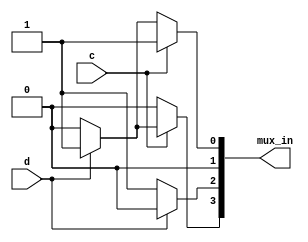
module top_module (
    input c,
    input d,
    output [3:0] mux_in
); 

    assign mux_in[0] = c ? 1 : (d ? 1 : 0); // 2 mux
    assign mux_in[1] = 0;                   // no mux
    assign mux_in[2] = d ? 0 : 1;           // 1 mux
    assign mux_in[3] = c ? (d ? 1 : 0) : 0; // 2 mux

    // with logic gates only
    // assign mux_in[0] = c | d;
    // assign mux_in[1] = 0;
    // assign mux_in[2] = ~d;
    // assign mux_in[3] = c & d;
    
endmodule